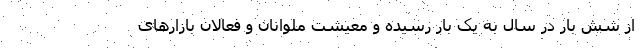
از شش بار در سال به یک بار رسیده و معیشت ملوانان و فعالان بازارهای